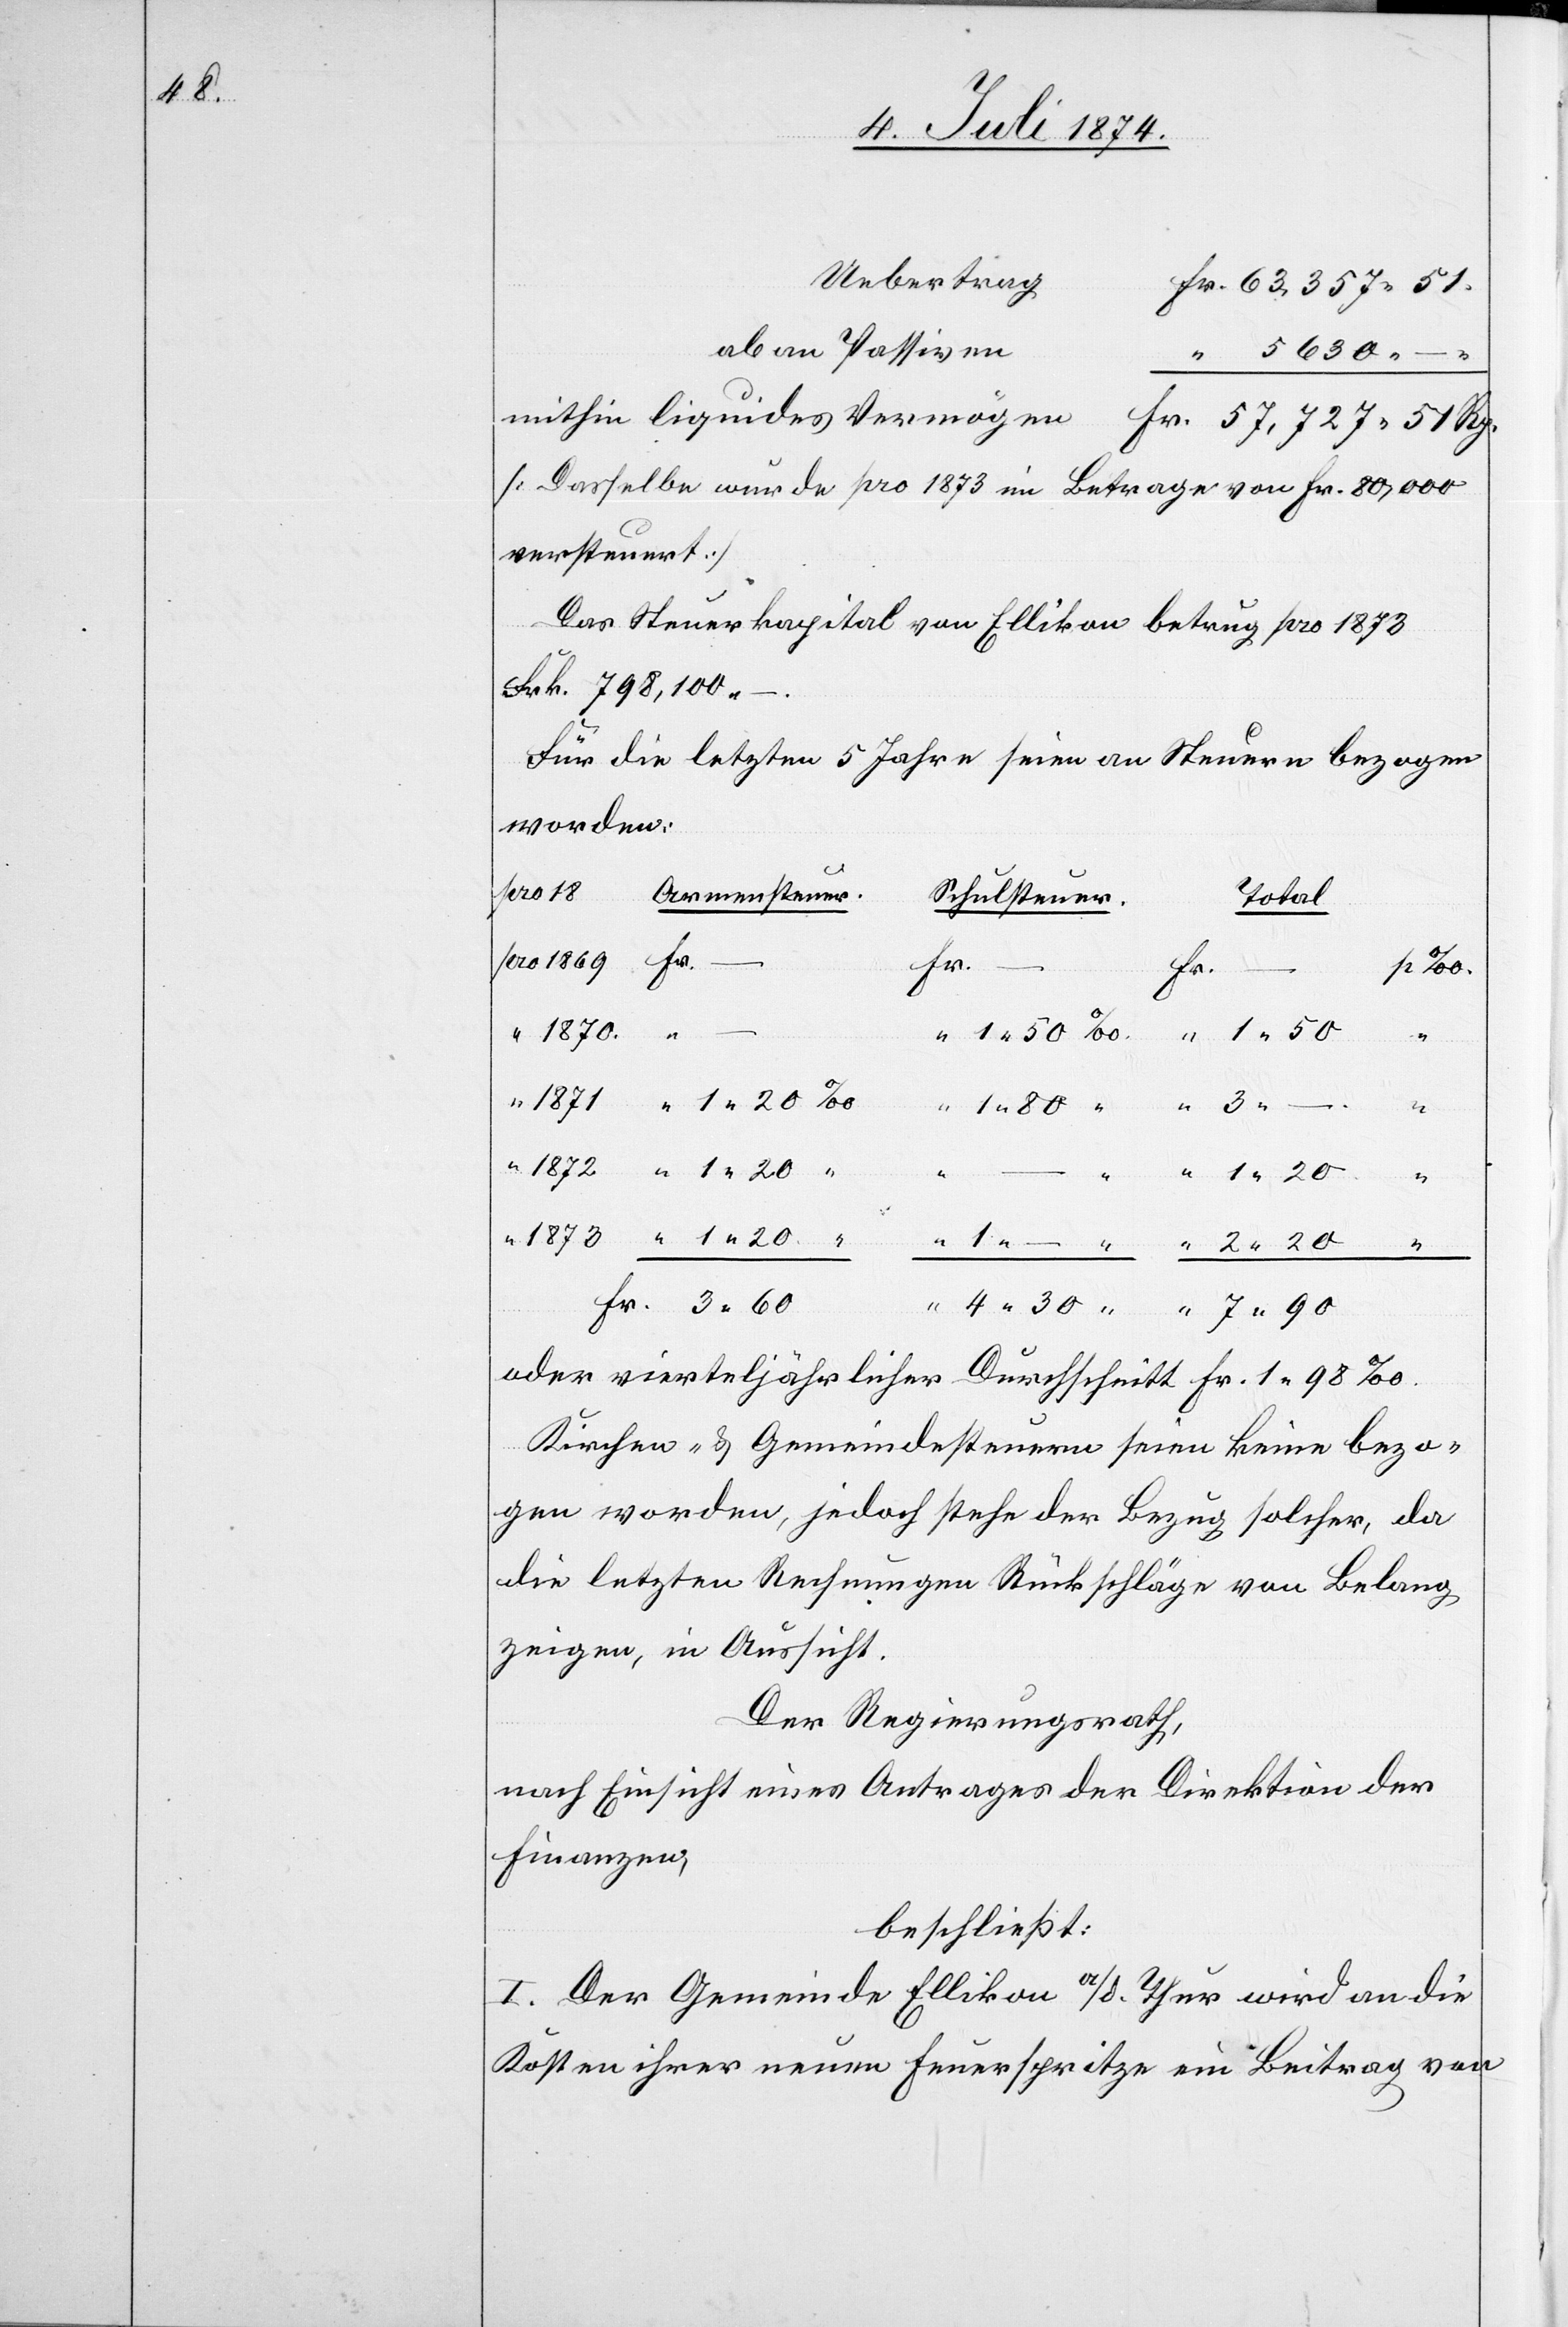
18

Uebertrag
ab an Passiven
mithin liquides Vermögen
[Dasselbe wurde pro 1873 im Betrage von Fr. 80,000
versteuert]
Das Steuerkapital von Ellikon betrug pro 1873
Frk. 798,100.–
Für die letzten 5 Jahre seien an Steuern bezogen
worden:
Armensteuer
Schulsteuer
Total
Fr.
Fr.
4.
7.
oder vierteljährlicher Durchschnitt Fr. 1,98‰.
Kirchen- u. Gemeindesteuern seien keine bezo¬
gen worden, jedoch stehe der Bezug solcher, da
die letzten Rechnungen Rückschläge von Belang
zeigen, in Aussicht.
Der Regierungsrath,
nach Einsicht eines Antrages der Direktion der
Finanzen,
beschließt:
I. Der Gemeinde Ellikon a/d Thur wird an die
Kosten ihrer neuen Feuerspritze ein Beitrag von